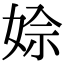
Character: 𡝙